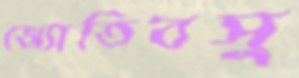
জ্যোতিবসু